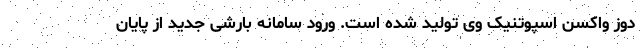
دوز واکسن اسپوتنیک وی تولید شده است. ورود سامانه بارشی جدید از پایان